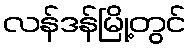
လန်ဒန်မြို့တွင်